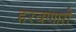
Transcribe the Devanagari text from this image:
हरवणारी